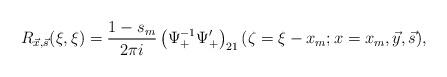
LaTeX: \begin{align*}R_{\vec x,\vec s}(\xi,\xi)=\frac{1-s_m}{2\pi i}\left(\Psi_+^{-1}\Psi_+'\right)_{21}(\zeta=\xi-x_m;x = x_{m},\vec y,\vec s),\end{align*}